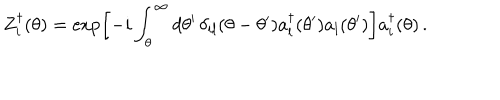
Z _ { i } ^ { \dagger } ( \theta ) = \exp \left[ - i \int _ { \theta } ^ { \infty } d \theta ^ { \prime } \, \delta _ { i l } ( \theta - \theta ^ { \prime } ) a _ { l } ^ { \dagger } ( \theta ^ { \prime } ) a _ { l } ( \theta ^ { \prime } ) \right] a _ { i } ^ { \dagger } ( \theta ) \, .